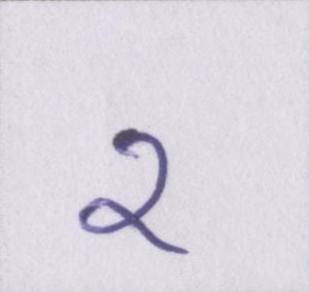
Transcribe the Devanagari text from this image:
२